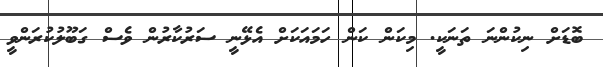
ބޮޑަށް ނިކުންނަ ތަނަކީ. މިކަން ކަން ހަމައަކަށް އެޅޭނީ ސަރުކާރުން ވެސް ގަބޫލުކުރަންވީ